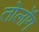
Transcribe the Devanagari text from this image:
तोलोंग